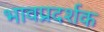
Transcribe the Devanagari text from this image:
भावप्रदर्शक